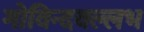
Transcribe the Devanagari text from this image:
गोविन्दवल्लभ